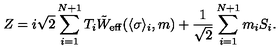
Z = i \sqrt { 2 } \sum _ { i = 1 } ^ { N + 1 } T _ { i } \tilde { W } _ { \mathrm { e f f } } ( \langle \sigma \rangle _ { i } , m ) + { \frac { 1 } { \sqrt { 2 } } } \sum _ { i = 1 } ^ { N + 1 } m _ { i } S _ { i } .